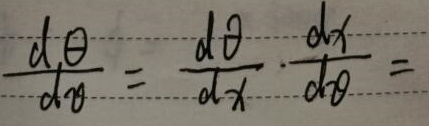
\[
\frac{d\theta}{d\theta}=\frac{d\theta}{dx}\cdot\frac{dx}{d\theta}=
\]